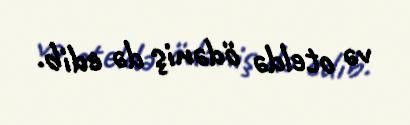
və oteldə ödəniş də edib.